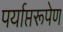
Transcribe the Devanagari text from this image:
पर्याप्तरूपेण